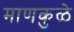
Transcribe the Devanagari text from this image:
माणकुळे